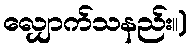
လျှောက်သနည်း။)